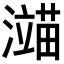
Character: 𬉙